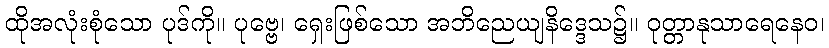
ထိုအလုံးစုံသော ပုဒ်ကို။ ပုဗ္ဗေ၊ ရှေးဖြစ်သော အဘိညေယျနိဒ္ဒေသ၌။ ဝုတ္တာနုသာရေနေဝ၊